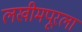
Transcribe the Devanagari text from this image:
लखीमपूरला